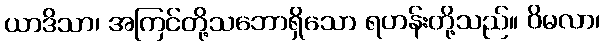
ယာဒိသာ၊ အကြင်တို့သဘောရှိသော ရဟန်းတို့သည်။ ဝိမလာ၊